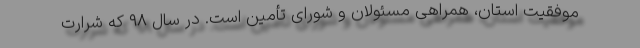
موفقیت استان، همراهی مسئولان و شورای تأمین است. در سال ۹۸ که شرارت